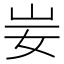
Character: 妛